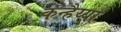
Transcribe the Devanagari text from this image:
कन्हैय्या